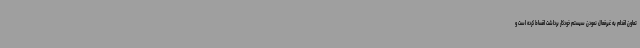
تعاون اقدام به غیرفعال نمودن سیستم خودکار برداشت اقساط کرده است و